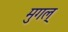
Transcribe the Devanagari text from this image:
मुगल्